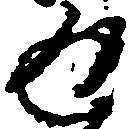
返